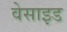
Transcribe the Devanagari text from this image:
वेसाइड